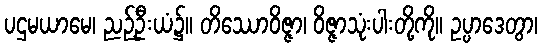
ပဌမယာမေ၊ ညဉ့်ဦးယံ၌။ တိဿောဝိဇ္ဇာ၊ ဝိဇ္ဇာသုံးပါးတို့ကို။ ဥပ္ပာဒေတွာ၊